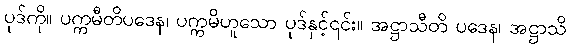
ပုဒ်ကို။ ပက္ကမီတိပဒေန၊ ပက္ကမိဟူသော ပုဒ်နှင့်၎င်း။ အဋ္ဌာသီတိ ပဒေန၊ အဋ္ဌာသိ